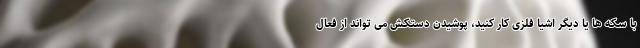
با سکه ها یا دیگر اشیا فلزی کار کنید، پوشیدن دستکش می تواند از فعال